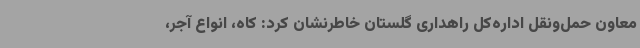
معاون حمل‌ونقل اداره‌کل راهداری گلستان خاطرنشان کرد: کاه، انواع آجر،